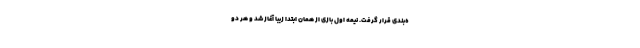
ه‌بندی قرار گرفت. نیمه اول بازی از همان ابتدا زیبا آغاز شد و هر دو